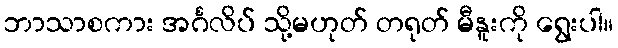
ဘာသာစကား အင်္ဂလိပ် သို့မဟုတ် တရုတ် မီနူးကို ရွေးပါ။